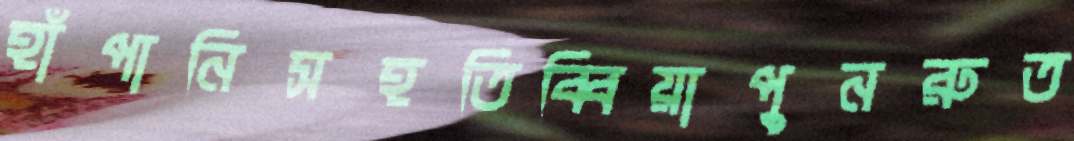
হাঁপানিসহতিব্বিয়াপুনরুত